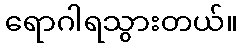
ရောဂါရသွားတယ်။